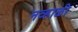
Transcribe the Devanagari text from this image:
नव्हाळी